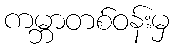
ကမ္ဘာတစ်ဝန်းမှ